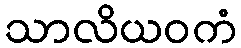
သာလိယဝကံ